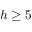
h \geq 5